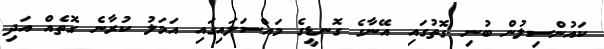
ކައުންސިލުން ބުނި ގޮތުގައި އޭނާގެ ގޮނޑީގެ މައްސަލައިގައި އަމަލު ކުރާނެ ގޮތެއް އަދި